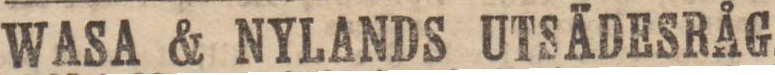
WASA & NYLANDS UTSÄDESRÅG